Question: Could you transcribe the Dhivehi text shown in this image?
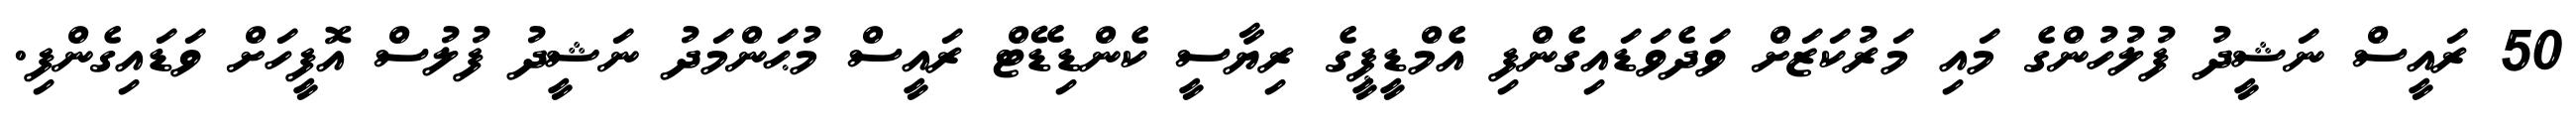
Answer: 50 ރައީސް ނަޝީދު ފުލުހުންގެ މައި މަރުކަޒަށް ވަދެވަޑައިގެންފި އެމްޑީޕީގެ ރިޔާސީ ކެންޑިޑޭޓް ރައީސް މުޙަންމަދު ނަޝީދު ފުލުސް އޮފީހަށް ވަޑައިގެންފި.